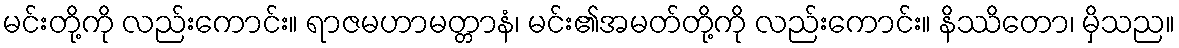
မင်းတို့ကို လည်းကောင်း။ ရာဇမဟာမတ္တာနံ၊ မင်း၏အမတ်တို့ကို လည်းကောင်း။ နိဿိတော၊ မှိသည။